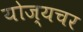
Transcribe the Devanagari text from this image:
योज्यचर